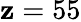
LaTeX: \mathbf{z}=55